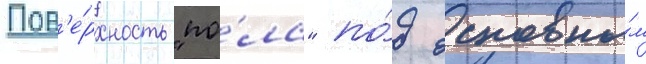
Пов'е́рхность "по́ла" по́д основны́м